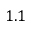
1 . 1